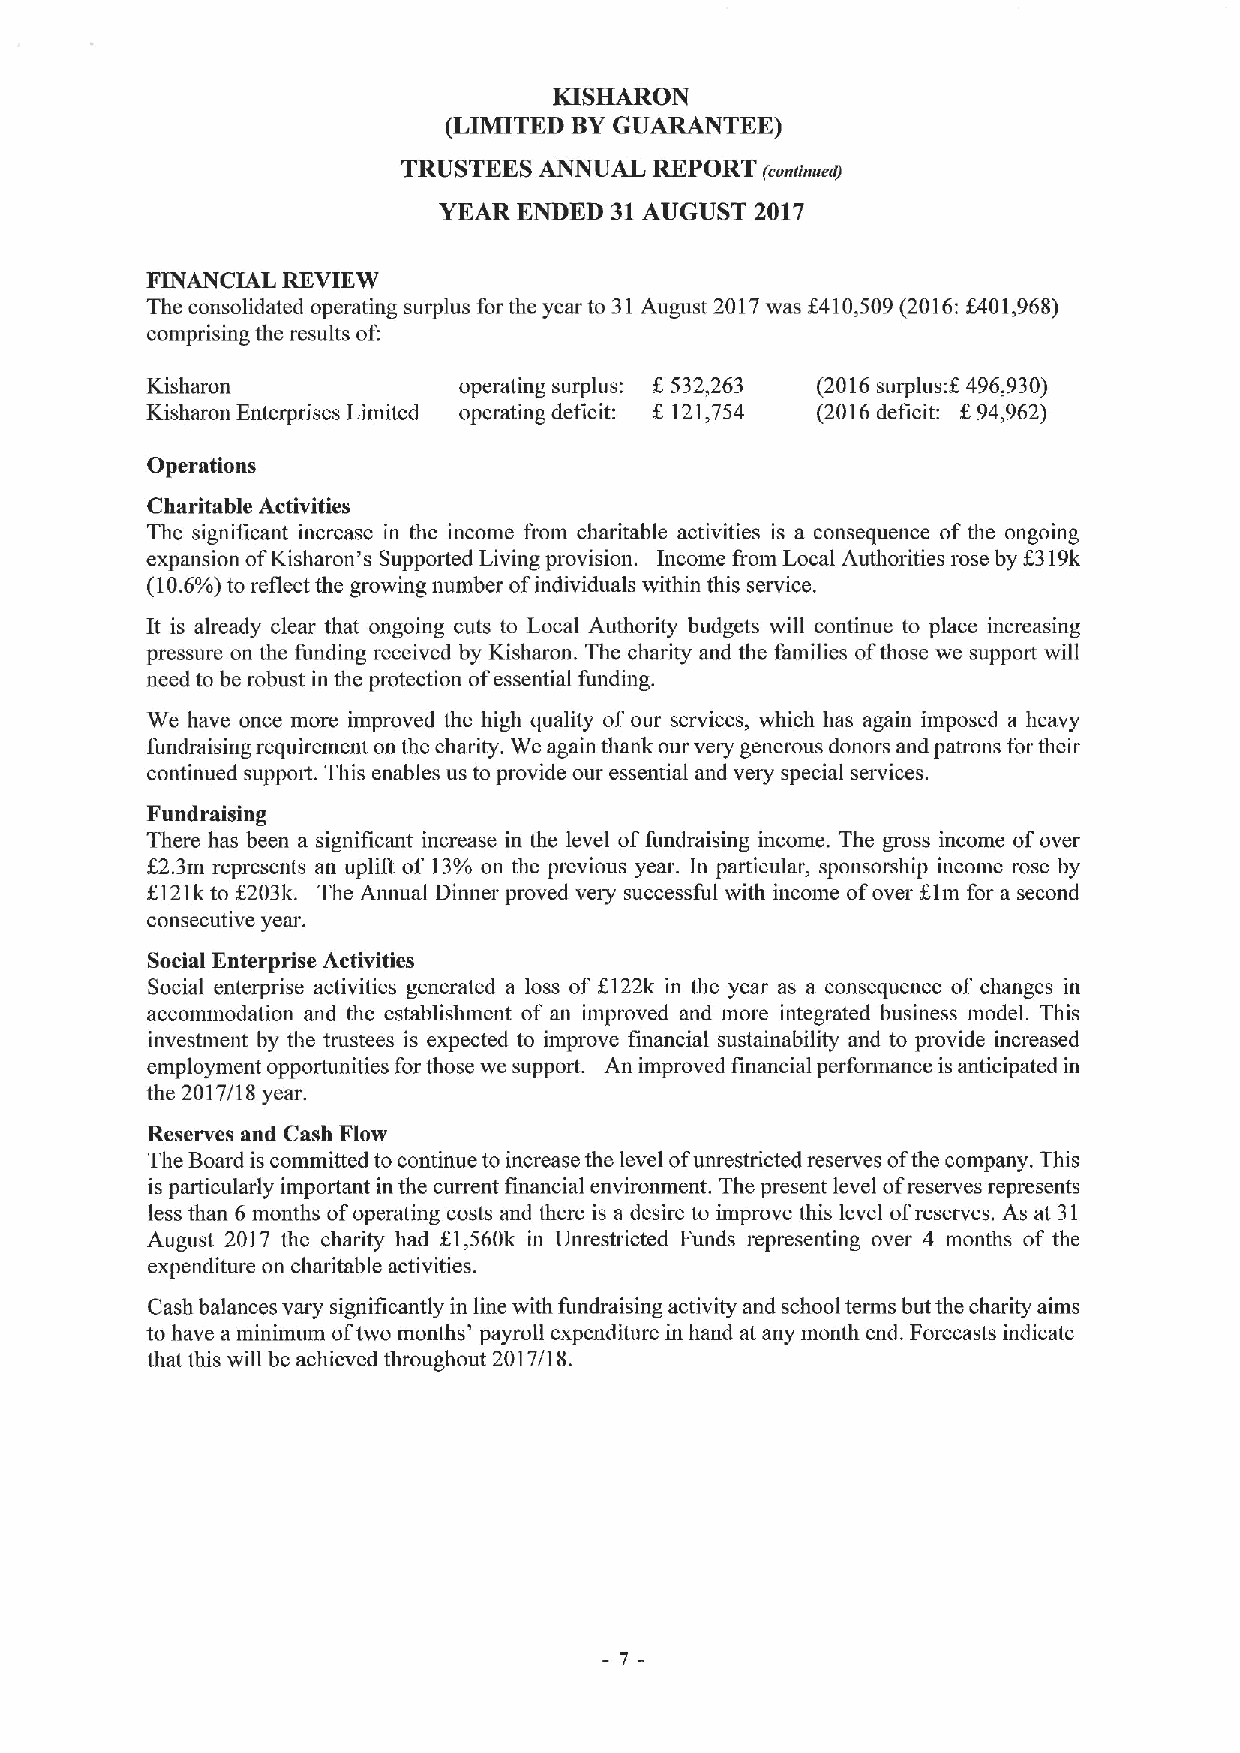
KISHARON
 (LIMITED BYGUARANTEE)
 TRUSTEES ANNUAL REPORT
 /eonunued)
 YEAR ENDED 31AUGUST  2017
 FINANCIAL REVIEW
 The consolidated operating surplus for the year to 31August 2017was f410,509(2016:f401,968)
 comprising the results of:
 Kisharon            operating surplus: f, 532,263 (2016surplusug 496,930)
 f
 Kisharon Enterprises Limited operating deficit: 121,754 (2016deficit: f.94,962)
 Operations
 Charitable Activities
 The significant increase in the income from charitable activities is a consequence of the ongoing
 expansion ofKisharon's Supported Living provision. Income from Local Authorities rose by I 319k
 (10.6%)to reflect the growing number ofindividuals within this service.
 It is already clear that ongoing cuts to Local Authority budgets will continue to place increasing
 pressure on the funding received by Kisharon. The charity and the families ofthose we support will
 need to be robust in the protection ofessential funding.
 We have once more improved the high quality of our services, which has again imposed a heavy
 fundraising requirement on the charity. We again thank our very generous donors and patrons for their
 continued support. This enables us to provide our essential and very special services.
 Fundraising
 There has been a significant increase in the level offundraising income. The gross income ofover
 f2.3m represents an uplifl of 13%on the previous year. In particular, sponsorship income rose by
 1121kto f 203k. The Annual Dinner proved very successful with income ofover Elm for a second
 consecutive year.
 Social Enterprise Activities
 Social enterprise activities generated a loss of I:122k in the year as a consequence of changes in
 accommodation and the establishment of an improved and more integrated business model. This
 investment by the trustees is expected to improve financial sustainability and to provide increased
 employment opportunities for those we support. An improved financial perfonnance is anticipated in
 the 2017/18 year.
 Reserves and Cash Flow
 The Board is committed to continue to increase the level ofunrestricted reserves ofthe company. This
 is particularly important in the current financial environment. The present level ofreserves represents
 less than 6 months ofoperating costs and there is a desire to improve this level ofreserves. As at 31
 August 2017 the charity had f1,560k in Unrestricted Funds representing over 4 months of the
 expenditure on charitable activities.
 Cash balances vary significantly in line with fundraising activity and school terms but the charity aims
 to have a minimum oftwo months* payroll expenditure in hand at any month end. Forecasts indicate
 that this will be achieved throughout 2017/18.